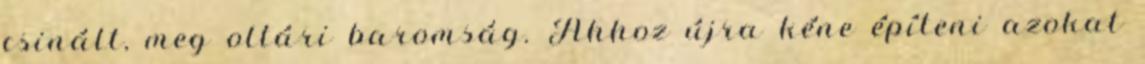
csinált, meg oltári baromság. Ahhoz újra kéne építeni azokat